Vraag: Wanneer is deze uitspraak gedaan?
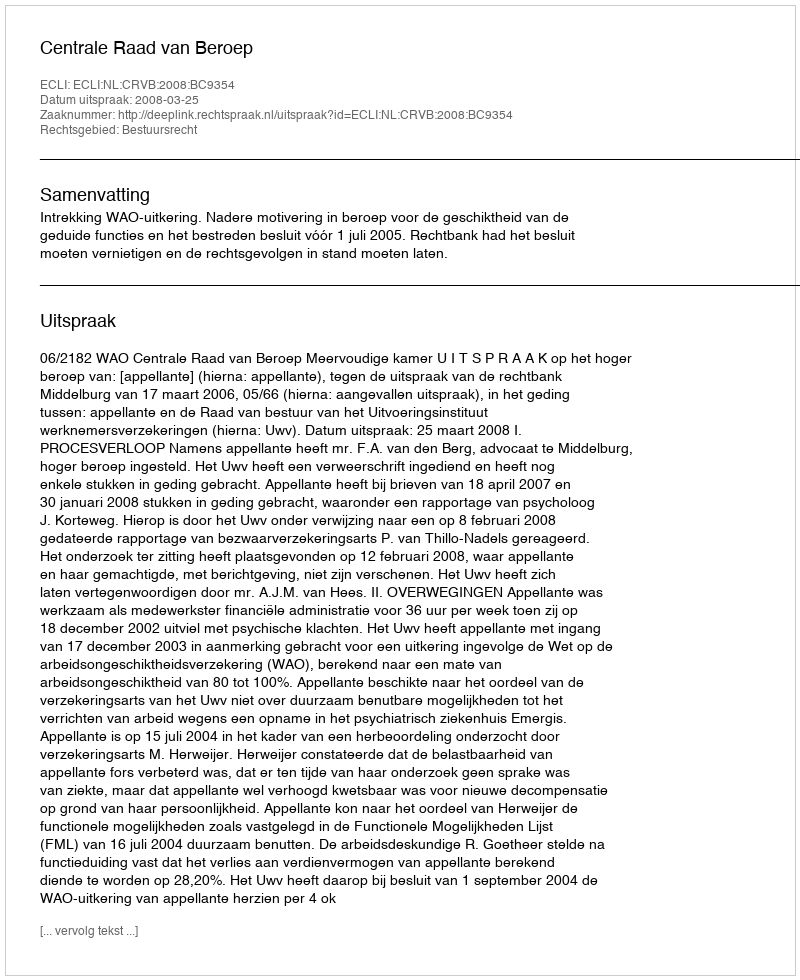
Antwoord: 2008-03-25